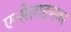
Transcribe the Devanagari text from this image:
एन्सेलाडसवर